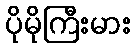
ပိုမိုကြီးမား